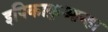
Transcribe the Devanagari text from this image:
इपिकाकुआन्हा